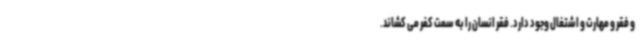
و فقر و مهارت و اشتغال وجود دارد. فقر انسان را به سمت کفر می کشاند.